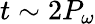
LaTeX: t\sim 2P_{\omega}